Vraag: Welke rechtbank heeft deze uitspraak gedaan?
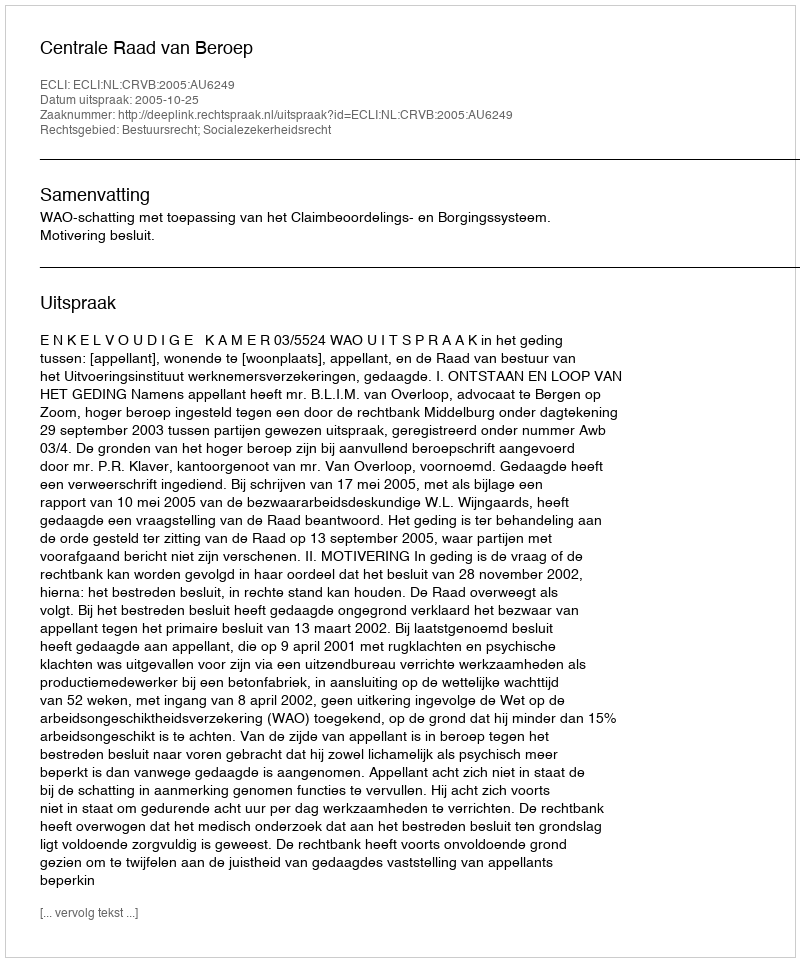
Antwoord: Centrale Raad van Beroep